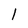
Character: 1